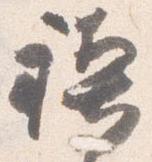
禊